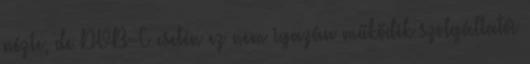
nézte, de DVB-C esetén ez nem igazán működik szolgáltatói